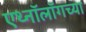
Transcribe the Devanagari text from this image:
एथ्नॉलॉगच्या